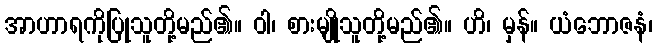
အာဟာရကိုပြုသူတို့မည်၏။ ဝါ၊ စားမျိုသူတို့မည်၏။ ဟိ၊ မှန်။ ယံဘောဇနံ၊